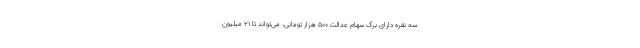
سه نفره دارای برگ سهام عدالت ۵۰۰ هزار تومانی، می‌تواند تا ۲۱ میلیون